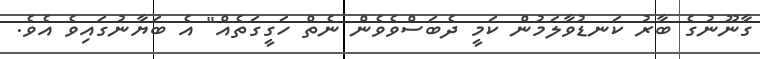
ގާނޫނުގެ ބާރު ކަނޑުވާލަމުން ކަމީ ދެބަސްވެވެން ނެތް ހަގީގަތެއް" އެ ބަޔާނުގައިވެ އެވެ.